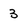
Character: 3